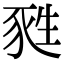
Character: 甤